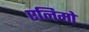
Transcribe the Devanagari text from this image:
एलिमो